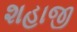
શહાજી